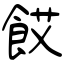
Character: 餀